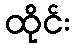
ထိုင်း